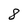
Character: 8